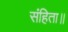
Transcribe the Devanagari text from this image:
संहिता॥